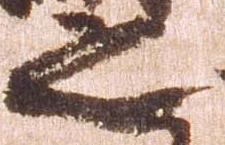
之